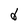
Character: d